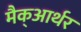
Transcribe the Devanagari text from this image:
मैक्‌आर्थर